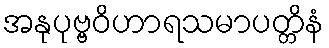
အနုပုဗ္ဗဝိဟာရသမာပတ္တိနံ